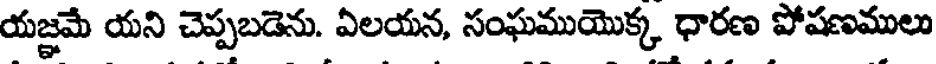
యజ్ఞమే యని చెప్పబడెను. ఏలయన, సంఘముయొక్క ధారణ పోషణములు